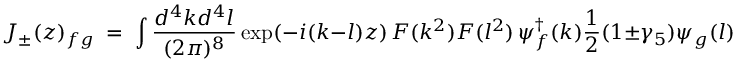
J _ { \pm } ( z ) _ { f g } \; = \; \int \frac { d ^ { 4 } k d ^ { 4 } l } { ( 2 \pi ) ^ { 8 } } \exp ( - i ( k - l ) z ) \, F ( k ^ { 2 } ) F ( l ^ { 2 } ) \, \psi _ { f } ^ { \dagger } ( k ) \frac 1 2 ( 1 \pm \gamma _ { 5 } ) \psi _ { g } ( l ) .